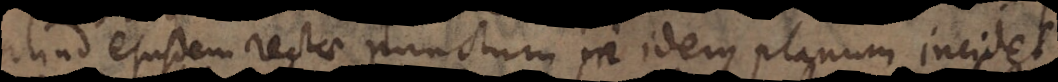
aliud ejusdem rectae punctum in idem planum incidet